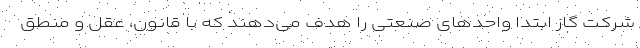
شرکت گاز ابتدا واحدهای صنعتی را هدف می‌دهند که با قانون، عقل و منطق